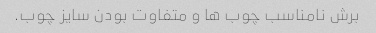
برش نامناسب چوب ها و متفاوت بودن سایز چوب.